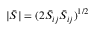
| \bar { S } | = ( 2 \bar { S } _ { i j } \bar { S } _ { i j } ) ^ { 1 / 2 }